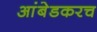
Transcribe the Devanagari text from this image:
आंबेडकरच